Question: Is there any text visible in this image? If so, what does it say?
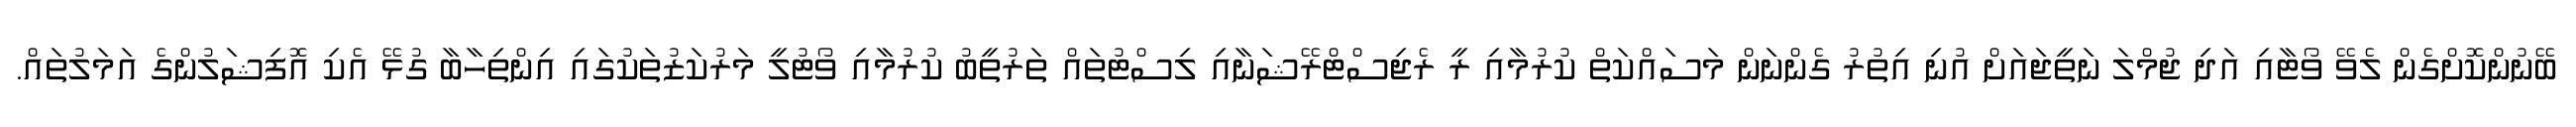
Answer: ބޭނުންކޮށްގެން ލެވޭ ވޯޓާއި އަދި ޖުމްލަ ނަތީޖައަށް އުނި އިތުރު ގެންނަން މަސައްކަތް ކުރުމާއި ރީ ރެޖިސްޓްރޭޝަނާއި ލިސްޓުތައް ތަރުތީބު ކުރުމާއި ވޯޓުލީ މަރުކަޒުތަކުގައި އިންތިހާބާ ގުޅޭ އެކި އޮފިޝަލުންގެ އަމަލުތައް.